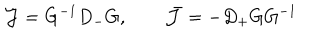
{ \cal J } = G ^ { - 1 } D _ { - } G , ~ ~ \bar { \cal J } = - D _ { + } G G ^ { - 1 }